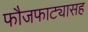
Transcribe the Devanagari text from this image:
फौजफाट्यासह